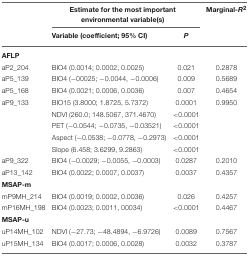
<table><thead><tr><td>[EMPTY_CELL]</td><td colspan="2"><b>Estimate for the most important environmental variable(s)</b></td><td><b>Marginal-<i>R</i><sup>2</sup></b></td></tr><tr><td>[EMPTY_CELL]</td><td><b>Variable (coefficient; 95% CI)</b></td><td><b><i>P</i></b></td><td>[EMPTY_CELL]</td></tr></thead><tbody><tr><td colspan="4"><b>AFLP</b></td></tr><tr><td>aP2_204</td><td>BIO4 (0.0014; 0.0002, 0.0025)</td><td>0.021</td><td>0.2878</td></tr><tr><td>aP5_139</td><td>BIO4 (−00025; −0.0044, −0.0006)</td><td>0.009</td><td>0.5689</td></tr><tr><td>aP5_168</td><td>BIO4 (0.0021; 0.0006, 0.0036)</td><td>0.007</td><td>0.4654</td></tr><tr><td>aP9_133</td><td>BIO15 (3.8000; 1.8725, 5.7372)</td><td>0.0001</td><td>0.9950</td></tr><tr><td>[EMPTY_CELL]</td><td>NDVI (260.0; 148.5067, 371.4670)</td><td>&lt;0.0001</td><td>[EMPTY_CELL]</td></tr><tr><td>[EMPTY_CELL]</td><td>PET (−0.0544; −0.0735, −0.03521)</td><td>&lt;0.0001</td><td>[EMPTY_CELL]</td></tr><tr><td>[EMPTY_CELL]</td><td>Aspect (−0.0538; −0.0778, −0.2973)</td><td>&lt;0.0001</td><td>[EMPTY_CELL]</td></tr><tr><td>[EMPTY_CELL]</td><td>Slope (6.458; 3.6299, 9.2863)</td><td>&lt;0.0001</td><td>[EMPTY_CELL]</td></tr><tr><td>aP9_322</td><td>BIO4 (−0.0029; −0.0055, −0.0003)</td><td>0.0287</td><td>0.2010</td></tr><tr><td>aP13_142</td><td>BIO4 (0.0022; 0.0007, 0.0037)</td><td>0.0037</td><td>0.4357</td></tr><tr><td colspan="4"><b>MSAP-m</b></td></tr><tr><td>mP9MH_214</td><td>BIO4 (0.0019; 0.0002, 0.0036)</td><td>0.026</td><td>0.4257</td></tr><tr><td>mP16MH_198</td><td>BIO4 (0.0023; 0.0011, 00034)</td><td>&lt;0.0001</td><td>0.4467</td></tr><tr><td colspan="4"><b>MSAP-u</b></td></tr><tr><td>uP14MH_102</td><td>NDVI (−27.73; −48.4894, −6.9726)</td><td>0.0089</td><td>0.7567</td></tr><tr><td>uP15MH_134</td><td>BIO4 (0.0017; 0.0006, 0.0028)</td><td>0.0032</td><td>0.3787</td></tr></tbody></table>